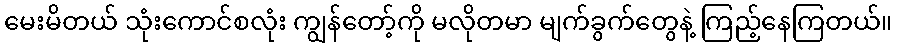
မေးမိတယ် သုံးကောင်စလုံး ကျွန်တော့်ကို မလိုတမာ မျက်ခွက်တွေနဲ့ ကြည့်နေကြတယ်။